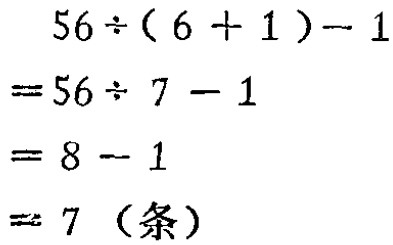
\[

\begin{align*}

&56\div(6 + 1)-1\\

=&56\div7 - 1\\

=&8 - 1\\

=&7 \text{（条）}

\end{align*}

\]